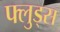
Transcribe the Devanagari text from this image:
फ्लुड्स